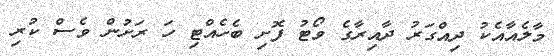
މާލެއާއެކު ދިއްގަރު ދާއިރާގެ ވޯޓު ފޮށި ބެހެއްޓި ހަ ރަށުން ވެސް ކުރި